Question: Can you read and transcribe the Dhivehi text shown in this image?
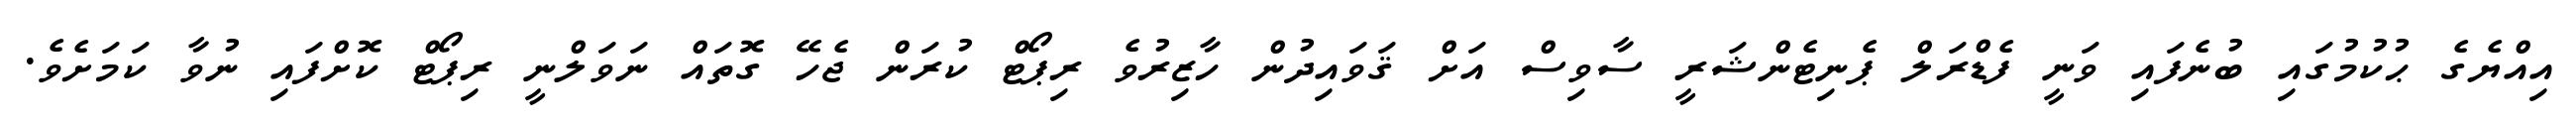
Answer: އިއްޔެގެ ޙުކުމުގައި ބުނެފައި ވަނީ ފެޑްރަލް ޕެނިޓެންޝަރީ ސާވިސް އަށް ޤަވައިދުން ހާޒިރުވެ ރިޕޯޓް ކުރަން ޖެހޭ ގޮތައް ނަވަލްނީ ރިޕޯޓް ކޮށްފައި ނުވާ ކަމަށެވެ.